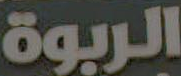
الربوة